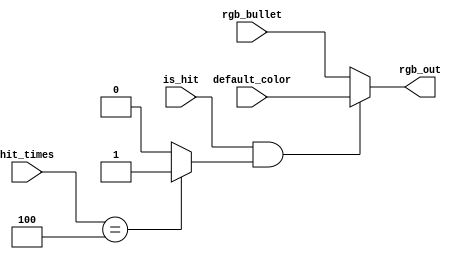
`timescale 1ns / 1ps
//////////////////////////////////////////////////////////////////////////////////
// Company: 
// Engineer: 
// 
// Design Name: 
// Module Name: object_phase_for_bullet
// Project Name: 
// Target Devices: 
// Tool Versions: 
// Description: 
// 
// Dependencies: 
// 
// Revision:
// Revision 0.01 - File Created
// Additional Comments:
// 
//////////////////////////////////////////////////////////////////////////////////


module object_phase_for_bullet(
    input [8:0] rgb_bullet,
    input [8:0] default_color,
    input [4:0] hit_times,
    input is_hit,
    output [8:0] rgb_out
    );
wire is_dead;
    
assign is_dead = (hit_times==5'd4)? 1:0;    
assign rgb_out = (is_hit && is_dead)? default_color:rgb_bullet;

endmodule